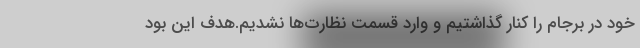
خود در برجام را کنار گذاشتیم و وارد قسمت نظارت‌ها نشدیم.هدف این بود